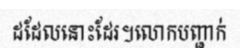
ដដែលនោះដែរ។លោកបញ្ជាក់